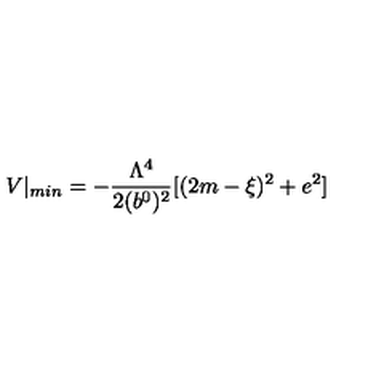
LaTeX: V | _ { m i n } = - { \frac { \Lambda ^ { 4 } } { 2 ( b ^ { 0 } ) ^ { 2 } } } [ ( 2 m - \xi ) ^ { 2 } + e ^ { 2 } ]